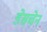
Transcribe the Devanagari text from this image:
डेसचेन